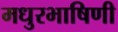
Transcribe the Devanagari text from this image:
मधुरभाषिणी